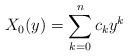
LaTeX: \begin{align*} X_0(y)=\sum_{k=0}^{n} c_ky^k \end{align*}